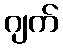
ဂျက်